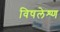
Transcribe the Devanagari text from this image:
विषलेश्ण